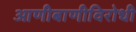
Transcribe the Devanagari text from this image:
आणीबाणीविरोधी